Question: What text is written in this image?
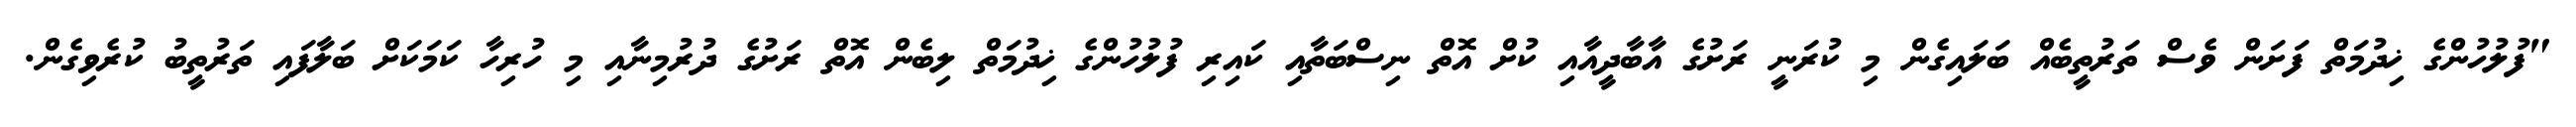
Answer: "ފުލުހުންގެ ޚިދުމަތް ފަށަން ވެސް ތަރުތީބެއް ބަލައިގެން މި ކުރަނީ ރަށުގެ އާބާދީއާއި ކުށް އޮތް ނިސްބަތާއި ކައިރި ފުލުހުންގެ ޚިދުމަތް ލިބެން އޮތް ރަށުގެ ދުރުމިނާއި މި ހުރިހާ ކަމަކަށް ބަލާފައި ތަރުތީބު ކުރެވިގެން.